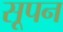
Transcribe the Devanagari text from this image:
सूपन